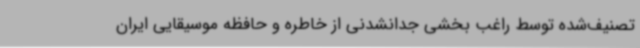
تصنیف‌شده توسط راغب بخشی جدانشدنی از خاطره و حافظه موسیقایی ایران